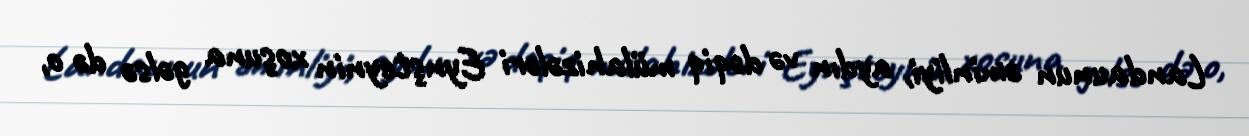
Landaunun əminliyi, aydın və dəqiq mülahizələri Eynşteynin xoşuna gəlsə də o,